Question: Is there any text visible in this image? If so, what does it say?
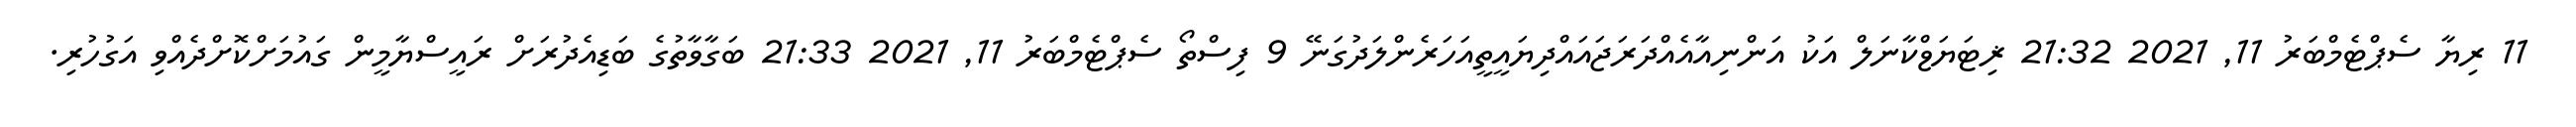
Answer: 11 ރިޔާ ސެޕްޓެމްބަރު 11, 2021 21:32 ޜިޓަޔަޱްކާނަލް އަކު އަންނިއާއެއްދަރަޖައައްދިޔައީތީއަހަރެންލަދުގަނޭ 9 ފިސްތޯ ސެޕްޓެމްބަރު 11, 2021 21:33 ބަގާވާތުގެ ބަޑިއެދުރަށް ރައީސްޔާމީން ގައުމަށްކޮށްދެއްވި އަގުހުރި.